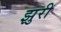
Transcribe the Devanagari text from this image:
झुरी